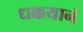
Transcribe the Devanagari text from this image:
धक्कयानं